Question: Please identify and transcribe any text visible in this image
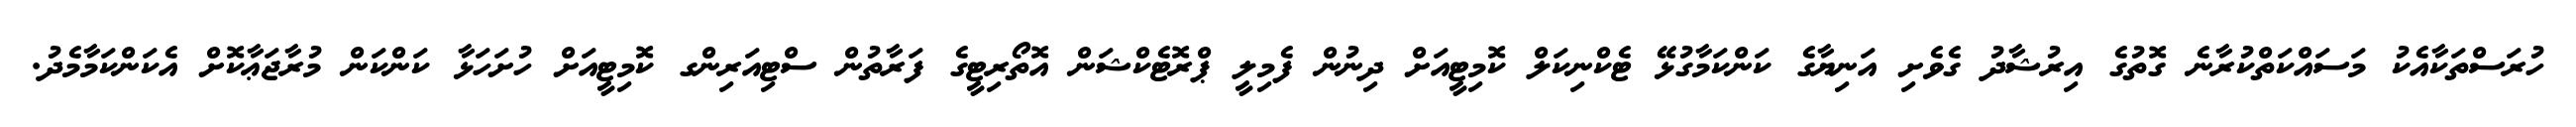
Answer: ހުރަސްތަކާއެކު މަސައްކަތްކުރާނެ ގޮތުގެ އިރުޝާދު ގެވެށި އަނިޔާގެ ކަންކަމާގުޅޭ ޓެކްނިކަލް ކޮމިޓީއަށް ދިނުން ފެމިލީ ޕްރޮޓެކްޝަން އޮތޯރިޓީގެ ފަރާތުން ސްޓިއަރިންގ ކޮމިޓީއަށް ހުށަހަޅާ ކަންކަން މުރާޖަޢާކޮށް އެކަންކަމާމެދު.